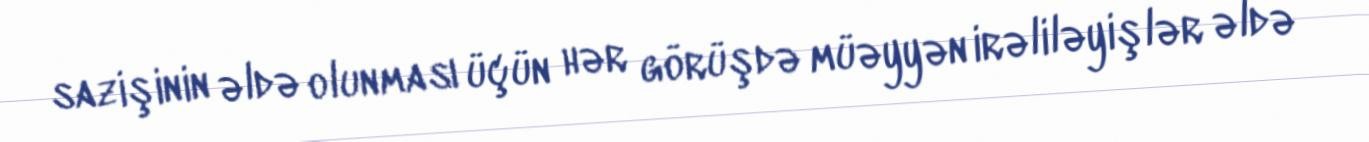
sazişinin əldə olunması üçün hər görüşdə müəyyən irəliləyişlər əldə